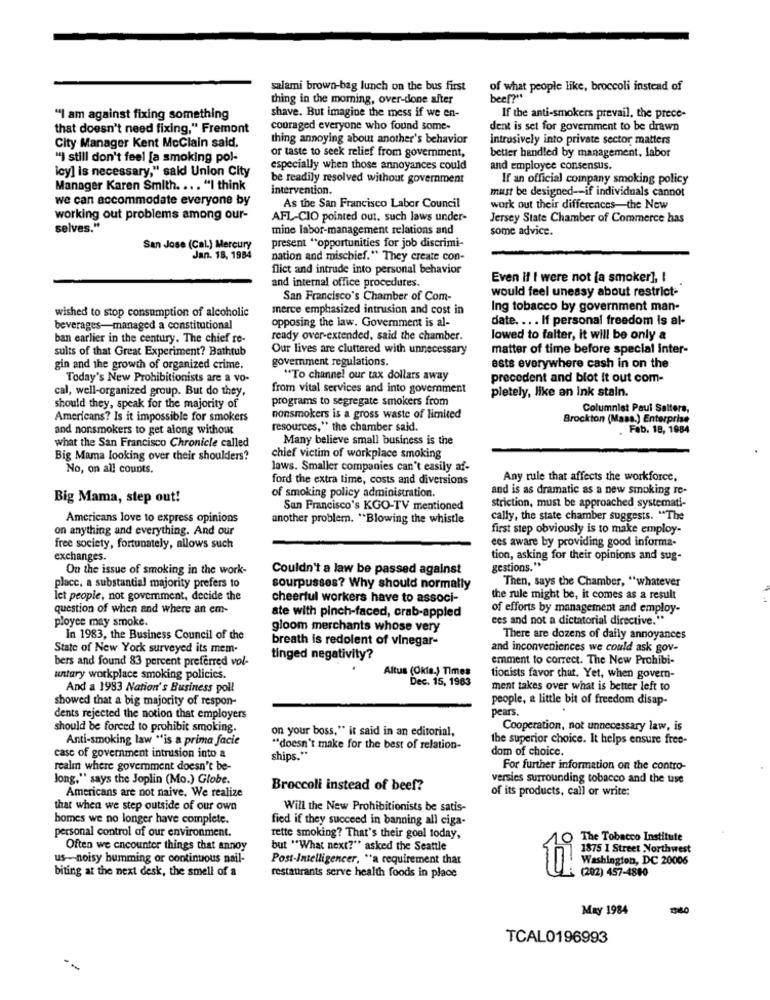
salami brown-bag lunch on the bus first
of what people like, broccoli instead of
thing in the moming, over-done after
beef?"
"I am against fixing something
shave. But imagine the mess if we en-
If the anti-smokers prevail, the prece-
that doesn't need fixing," Fremont
couraged everyone who found some-
dent is set for government to be drawn
City Manager Kent McClain sald.
thing annoying about another's behavior
introsively into private sector matters
or taste to seek relief from government,
"I still don't feel [a smoking pol-
better handled by management. labor
icy] is necessary," said Union City
especially when those annoyances could
and employee consensus.
be readily resolved without government
If an official company smoking policy
Manager Karen Smith. ... "I think
intervention.
must be designed -- if individuals cannot
we can accommodate everyone by
As the San Francisco Labor Council
work out their differences-the New
working out problems among our-
AFL-CIO pointed out, such laws under-
Jersey State Chamber of Commerce has
selves."
mine labor-management relations and
some advice.
present "opportunities for job discrimi-
San Jose (Cal.) Mercury
Jan. 18, 1984
nation and mischief." They create con-
flict and intrude into personal behavior
Even if I were not [a smoker], I
and internal office procedures.
would feel uneasy about restrict-
San Francisco's Chamber of Com-
merce emphasized intrusion and cost in
Ing tobacco by government man-
wished to stop consumption of alcoholic
opposing the law. Government is al-
date. ... If personal freedom is al-
beverages-managed a constitutional
ban earlier in the century. The chief re-
ready over-extended, said the chamber.
lowed to falter, it will be only a
sults of that Great Experiment? Bathtub
Our lives are cluttered with unnecessary
matter of time before special inter-
goverment regulations.
gin and the growth of organized crime.
ests everywhere cash in on the
Today's New Prohibitionists are a vo-
"To channel our tax dollars away
precedent and blot it out com-
cal, well-organized group. But do they,
from vital services and into government
pletely, like an ink stain.
programs to segregate smokers from
should they, speak for the majority of
Columnist Paul Salters,
Americans? Is it impossible for smokers
nonsmokers is a gross waste of limited
Brockton (Mass.) Enterprise
and nonsmokers to get along withour
resources," the chamber said.
.Fab. 18, 1984
what the San Francisco Chronicle called
Many believe small business is the
Big Mama looking over their shoulders?
chief victim of workplace smoking
No, on all counts.
laws. Smaller companies can't easily af-
ford the extra time, costs and diversions
Any rule that affects the workforce,
of smoking policy administration.
and is as dramatic as a new smoking re-
Big Mama, step out!
San Francisco's KGO-TV mentioned
striction, must be approached systemati-
Americans love to express opinions
another problem. "Blowing the whistle
cally, the state chamber suggests. "The
on anything and everything. And our
first step obviously is to make employ-
ees aware by providing good informa-
free society, fortunately, allows such
exchanges.
tion, asking for their opinions and sug-
On the issue of smoking in the work-
Couldn't a law be passed against
gestions."
Then, says the Chamber, "whatever
place, a substantial majority prefers to
sourpusses? Why should normally
let people, not goverment, decide the
cheerful workers have to associ-
the rule might be, it comes as a result
question of when and where an em-
of efforts by management and employ-
ployee may smoke.
ate with pinch-faced, crab-appled
ces and not a dictatorial directive."
gloom merchants whose very
In 1983, the Business Council of the
breath is redolent of vinegar-
There are dozens of daily annoyances
State of New York surveyed its mem-
and inconveniences we could ask gov-
bers and found 83 percent preferred vol-
tinged negativity?
emment to correct. The New Prohibi-
Altus (Okia.) Times
untary workplace smoking policies.
Dec. 15, 1983
tionists favor that. Yet, when govern-
And a 1983 Nation's Business poll
ment takes over what is better left to
showed that a big majority of respon-
people, a little bit of freedom disap-
pears.
dents rejected the notion that employers
should be forced to prohibit smoking.
on your boss." it said in an editorial,
Cooperation, not unnecessary law, is
Anti-smoking law "is a prima facie
the superior choice. It helps ensure free-
"doesn't make for the best of relation-
dom of choice.
case of government intrusion into a
ships .**
realm where government doesn't be-
For further information on the contro-
Jong," says the Joplin (Mo.) Globe.
versies surrounding tobacco and the use
Broccoli instead of beef?
of its products, call or write:
Americans are not naive. We realize
that when we step outside of our own
Will the New Prohibitionists be satis-
homes we no longer have complete.
fied if they succeed in banning all ciga-
personal control of our environment.
rette smoking? That's their goel today,
The Tobacco Institute
Often we encounter things that annoy
but "What next?" asked the Seattle
1875 I Street Northwest
us -- noisy humming or continuous nail-
Post-Intelligencer, "a requirement that
Washington, DC 20006
biting at the next desk, the smell of a
(202) 457-4880
restaurants serve health foods in place
May 1984
TCAL0196993